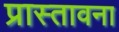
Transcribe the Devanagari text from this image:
प्रास्तावना